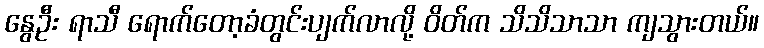
နွေဦး ရာသီ ရောက်တော့ခံတွင်းပျက်လာလို့ ဝိတ်က သိသိသာသာ ကျသွားတယ်။